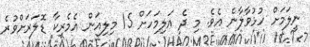
ނީލަމަށް ހުޅުވާލާނެ އެވެ. މި ދެ އަލިމަހަށް 15 މިލިއަން އެމެރިކާ ޑޮލަރަށްވުރެ